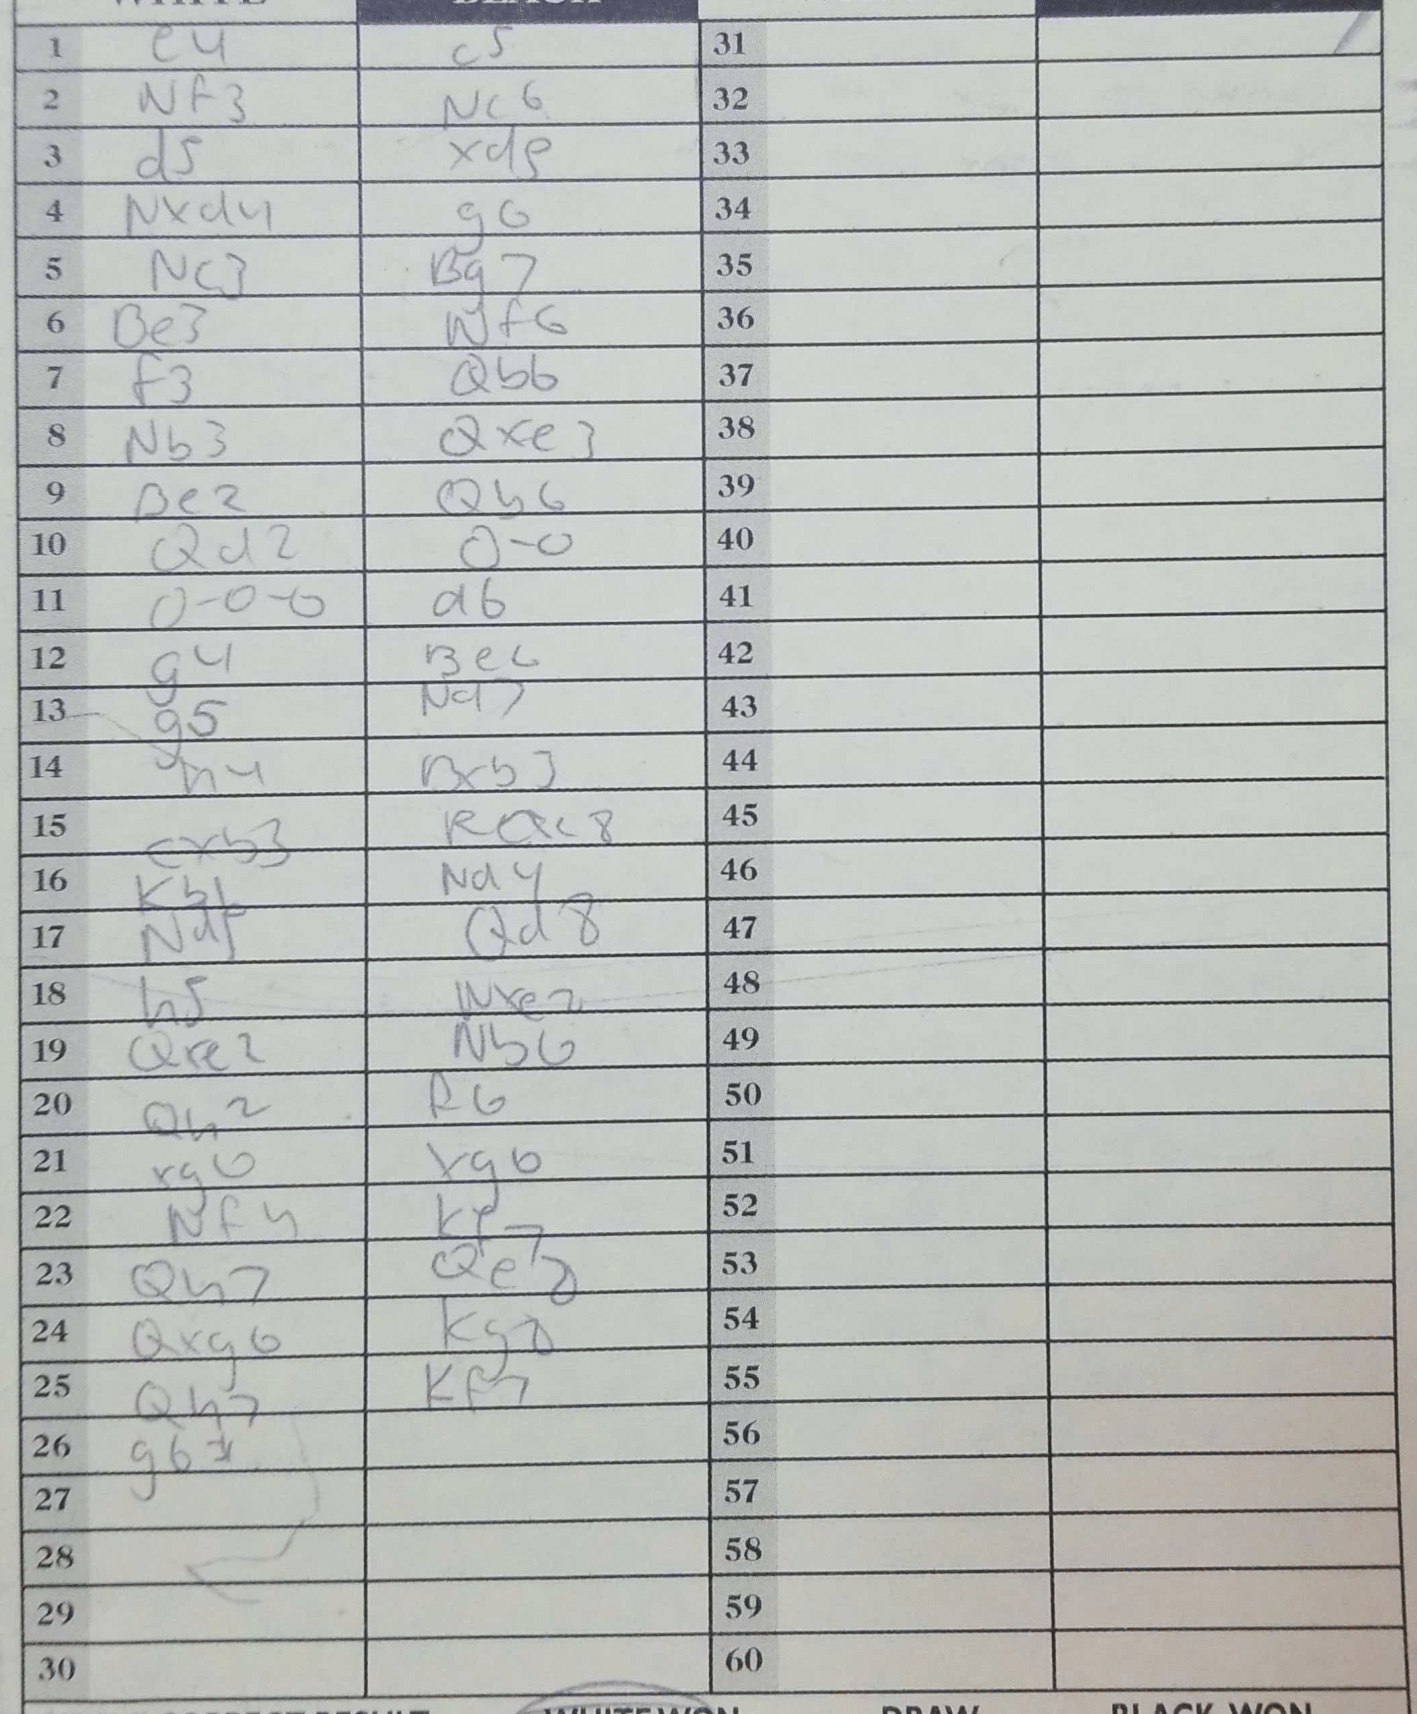
Moves: e4 c5 Nf3 Nc6 d5 cxd4 Nxd4 g6 Nc3 Bg7 Be3 Nf6 f3 Qb6 Nb3 Qxe3 Be2 Qb6 Qd2 O-O O-O-O d6 g4 Be6 g5 Nd7 h4 Bxb3 cxb3 Rac8 Kb1 Na4 Nd5 Qd8 h5 Nxe2 Qxe2 Nb6 Qh2 f6 bxg5 hxg5 Nf4 Kf7 Qh7 Qe8 Qxg6 Kg8 Qh7 Kf7 g6#